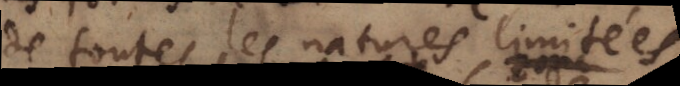
de toutes les natures limitées